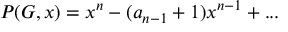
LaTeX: P ( G , x ) = x ^ { n } - ( a _ { n - 1 } + 1 ) x ^ { n - 1 } + . . .